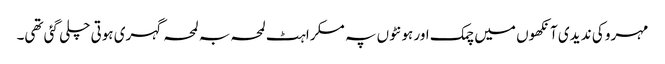
مہرو کی ند یدی آنکھوں میں چمک اور ہونٹوں پہ مسکراہٹ لمحہ بہ لمحہ گہری ہوتی چلی گئی تھی۔